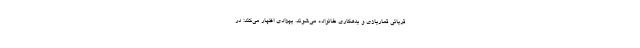
قربانی قماربازی و بدهکاری خانواده می‌شوند. بهزادی اظهار می‌کند: در